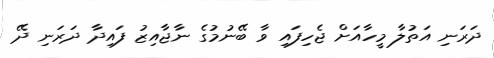
ދަރަނި އަތުލާ މީހާއަށް ޖެހިފައި ވާ ބޭނުމުގެ ނާޖާއިޒު ފައިދާ ދަރަނި ދޭ